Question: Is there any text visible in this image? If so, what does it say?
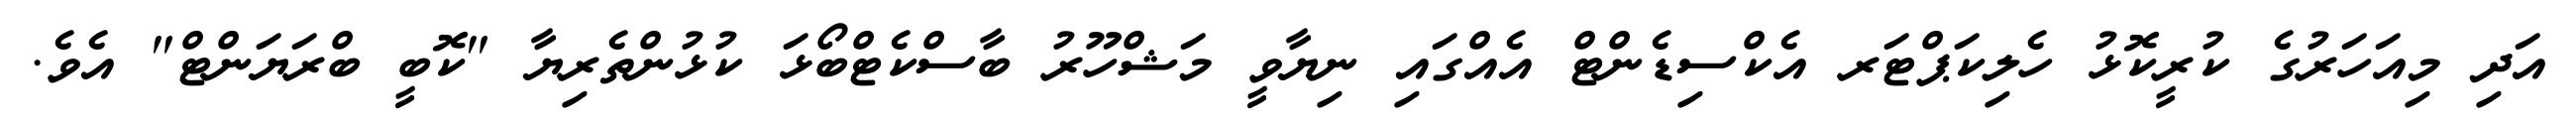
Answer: އަދި މިއަހަރުގެ ކުރީކޮޅު ހެލިކަޕްޓަރ އެކްސިޑެންޓް އެއްގައި ނިޔާވީ މަޝްހޫރު ބާސްކެޓްބޯޅަ ކުޅުންތެރިޔާ "ކޮބީ ބްރަޔަންޓް" އެވެ.